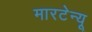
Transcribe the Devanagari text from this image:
मारटेन्यू